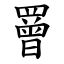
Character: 罾